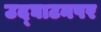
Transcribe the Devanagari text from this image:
उद्‌घाटनपर